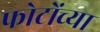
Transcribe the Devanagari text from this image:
फोटोंच्या